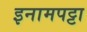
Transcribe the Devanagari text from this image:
इनामपट्टा